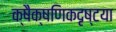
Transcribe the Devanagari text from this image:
क्षैक्षणिकदृष्टया